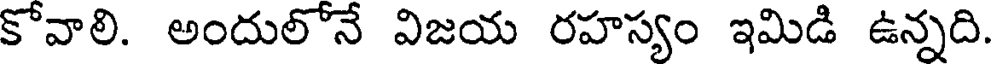
కోవాలి. అందులోనే విజయ రహస్యం ఇమిడి ఉన్నది.